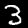
Label: 3